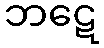
ဘဋေ